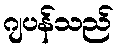
ဂျပန်သည်